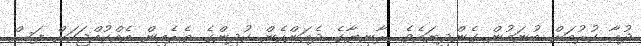
ދުޢާ ކުރުމަށް ބުނަމުން ގެންދިޔައެވެ. ރާނިޔާގެ ދެއަންހެން ކުދިންގެ ތެރެއިން އެއްކުއްޖަކަށް ފަސް